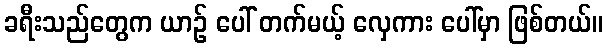
ခရီးသည်တွေက ယာဉ် ပေါ် တက်မယ့် လှေကား ပေါ်မှာ ဖြစ်တယ်။